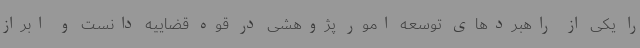
را یکی از راهبردهای توسعه امور پژوهشی در قوه قضاییه دانست و ابراز